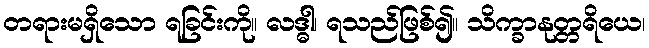
တရားမရှိသော ရခြင်းကို။ လဒ္ဓါ၊ ရသည်ဖြစ်၍။ သိက္ခာနုတ္တရိယေ၊